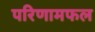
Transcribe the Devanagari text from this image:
परिणामफल